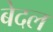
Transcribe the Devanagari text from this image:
बेदल